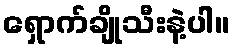
ရှောက်ချိုသီးနဲ့ပါ။